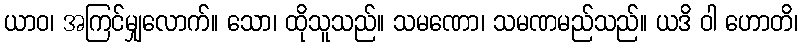
ယာဝ၊ အကြင်မျှလောက်။ သော၊ ထိုသူသည်။ သမဏော၊ သမဏမည်သည်။ ယဒိ ဝါ ဟောတိ၊